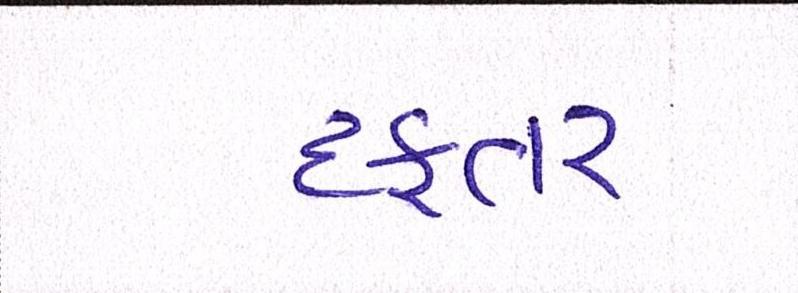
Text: દફતર